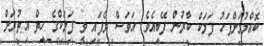
ކޮއްލުމަށްފަހު ފަލަކް ކާރުން ފޭބިއެވެ. އަވަސް ވެފައި ވީ ފަލަކްގެ ހިތް އިތުރަށް